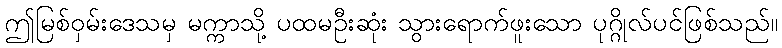
ဤမြစ်ဝှမ်းဒေသမှ မက္ကာသို့ ပထမဦးဆုံး သွားရောက်ဖူးသော ပုဂ္ဂိုလ်ပင်ဖြစ်သည်။